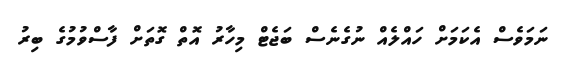
ނަމަވެސް އެކަމަށް ހައްލެއް ނުގެނެސް ބަޖެޓް މިހާރު އޮތް ގޮތަށް ފާސްވުމުގެ ބިރު